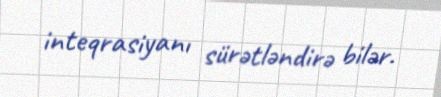
inteqrasiyanı sürətləndirə bilər.